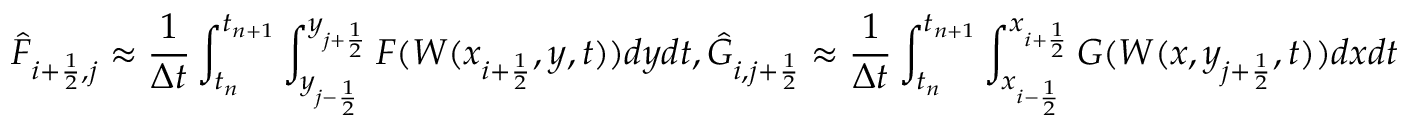
\Hat F _ { i + \frac { 1 } { 2 } , j } \approx \frac { 1 } { \Delta t } \int _ { t _ { n } } ^ { t _ { n + 1 } } \int _ { y _ { j - \frac { 1 } { 2 } } } ^ { y _ { j + \frac { 1 } { 2 } } } F ( W ( x _ { i + \frac { 1 } { 2 } } , y , t ) ) d y d t , \Hat G _ { i , j + \frac { 1 } { 2 } } \approx \frac { 1 } { \Delta t } \int _ { t _ { n } } ^ { t _ { n + 1 } } \int _ { x _ { i - \frac { 1 } { 2 } } } ^ { x _ { i + \frac { 1 } { 2 } } } G ( W ( x , y _ { j + \frac { 1 } { 2 } } , t ) ) d x d t